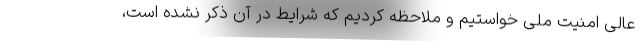
عالی امنیت ملی خواستیم و ملاحظه کردیم که شرایط در آن ذکر نشده است،